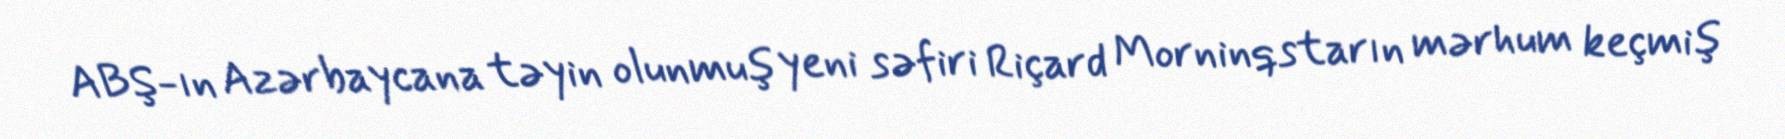
ABŞ-ın Azərbaycana təyin olunmuş yeni səfiri Riçard Morninqstarın mərhum keçmiş